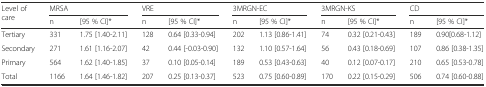
<table><thead><tr><td rowspan="2"><b>Level of care</b></td><td colspan="2"><b>MRSA</b></td><td colspan="2"><b>VRE</b></td><td colspan="2"><b>3MRGN-EC</b></td><td colspan="2"><b>3MRGN-KS</b></td><td colspan="2"><b>CD</b></td></tr><tr><td><b>n</b></td><td><b>[95 % CI]*</b></td><td><b>n</b></td><td><b>[95 % CI]*</b></td><td><b>n</b></td><td><b>[95 % CI]*</b></td><td><b>n</b></td><td><b>[95 % CI]*</b></td><td><b>n</b></td><td><b>[95 % CI]*</b></td></tr></thead><tbody><tr><td>Tertiary</td><td>331</td><td>1.75 [1.40-2.11]</td><td>128</td><td>0.64 [0.33-0.94]</td><td>202</td><td>1.13 [0.86-1.41]</td><td>74</td><td>0.32 [0.21-0.43]</td><td>189</td><td>0.90[0.68-1.12]</td></tr><tr><td>Secondary</td><td>271</td><td>1.61 [1.16-2.07]</td><td>42</td><td>0.44 [-0.03-0.90]</td><td>132</td><td>1.10 [0.57-1.64]</td><td>56</td><td>0.43 [0.18-0.69]</td><td>107</td><td>0.86 [0.38-1.35]</td></tr><tr><td>Primary</td><td>564</td><td>1.62 [1.40-1.85]</td><td>37</td><td>0.10 [0.05-0.14]</td><td>189</td><td>0.53 [0.43-0.63]</td><td>40</td><td>0.12 [0.07-0.17]</td><td>210</td><td>0.65 [0.53-0.78]</td></tr><tr><td>Total</td><td>1166</td><td>1.64 [1.46-1.82]</td><td>207</td><td>0.25 [0.13-0.37]</td><td>523</td><td>0.75 [0.60-0.89]</td><td>170</td><td>0.22 [0.15-0.29]</td><td>506</td><td>0.74 [0.60-0.88]</td></tr></tbody></table>